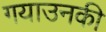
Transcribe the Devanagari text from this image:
गयाउनकी